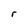
Character: r